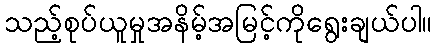
သည့်စုပ်ယူမှုအနိမ့်အမြင့်ကိုရွေးချယ်ပါ။